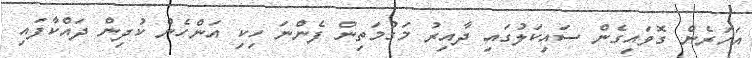
އަހަރެން ގޮވައިގެން ސައިކަލުގައި ދާއިރު މަގުމަތިން ފެންނަ ހިކި އަންހެން ކުދިން ދައްކާފައި